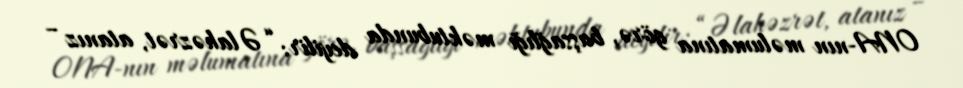
ONA-nın məlumatına görə, başsağlığı məktubunda deyilir: “Əlahəzrət, atanız –